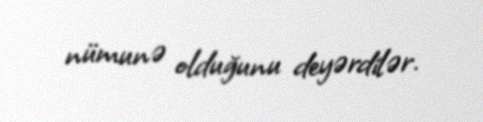
nümunə olduğunu deyərdilər.